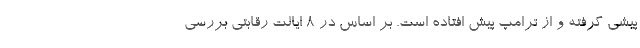
پیشی گرفته و از ترامپ پیش افتاده است. بر اساس در 8 ایالت رقابتی بررسی